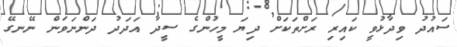
ސައުދު ވިދާޅުވީ ކައިރި ރަށްތަކަށް ދިޔަ މީހުންގެ ސީދާ އަދަދު ދަންނަވަން ނޭނގޭ